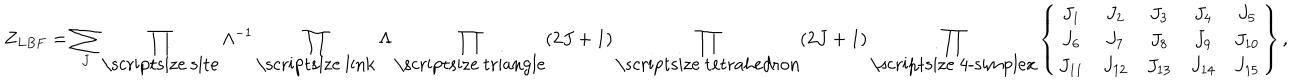
Z _ { L B F } = \sum _ { J } \prod _ { \mathrm { \scriptsize ~ s i t e } } \Lambda ^ { - 1 } \prod _ { \mathrm { \scriptsize ~ l i n k } } \Lambda \prod _ { \mathrm { \scriptsize ~ t r i a n g l e } } ( 2 J + 1 ) \prod _ { \mathrm { \scriptsize ~ t e t r a h e d r o n } } ( 2 J + 1 ) \prod _ { \mathrm { \scriptsize ~ 4 - s i m p l e x } } \left\{ \begin{array} { c c c c c } { { J _ { 1 } } } & { { J _ { 2 } } } & { { J _ { 3 } } } & { { J _ { 4 } } } & { { J _ { 5 } } } \\ { { J _ { 6 } } } & { { J _ { 7 } } } & { { J _ { 8 } } } & { { J _ { 9 } } } & { { J _ { 1 0 } } } \\ { { J _ { 1 1 } } } & { { J _ { 1 2 } } } & { { J _ { 1 3 } } } & { { J _ { 1 4 } } } & { { J _ { 1 5 } } } \\ \end{array} \right\} ,